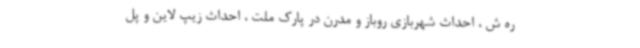
ره ش ، احداث شهربازی روباز و مدرن در پارک ملت ، احداث زیپ لاین و پل